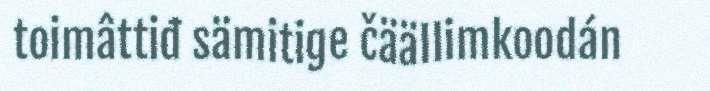
toimâttiđ sämitige čäällimkoodán